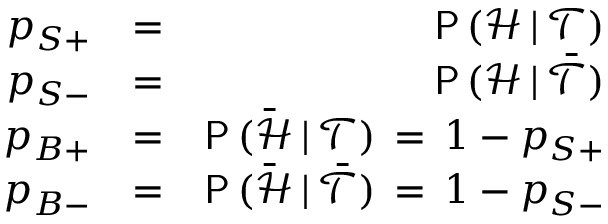
\begin{array} { r l r } { p _ { S + } } & { = } & { \mathsf { P } \, ( \mathcal { H } \, | \, \mathcal { T } ) } \\ { p _ { S - } } & { = } & { \mathsf { P } \, ( \mathcal { H } \, | \, \bar { \mathcal { T } } ) } \\ { p _ { B + } } & { = } & { \mathsf { P } \, ( \bar { \mathcal { H } } \, | \, \mathcal { T } ) \, = \, 1 - p _ { S + } } \\ { p _ { B - } } & { = } & { \mathsf { P } \, ( \bar { \mathcal { H } } \, | \, \bar { \mathcal { T } } ) \, = \, 1 - p _ { S - } } \end{array}